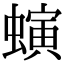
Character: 螾